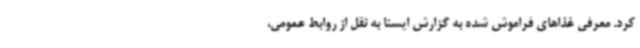
کرد. معرفی غذاهای فراموش شده به گزارش ایسنا به نقل از روابط عمومی،